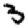
Digit: 3